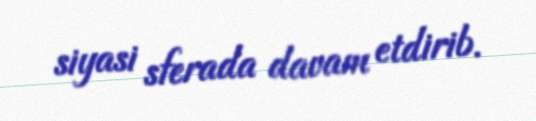
siyasi sferada davam etdirib.